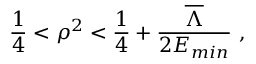
\frac { 1 } { 4 } < \rho ^ { 2 } < \frac { 1 } { 4 } + \frac { \overline { { { \Lambda } } } } { 2 E _ { m i n } } \ ,